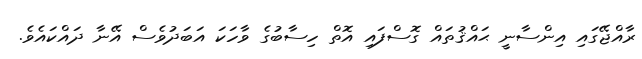
ރާއްޖޭގައި އިންސާނީ ޙައްޤުތައް ގޮސްފައި އޮތް ހިސާބުގެ ވާހަކަ އަބަދުވެސް އޭނާ ދައްކައެވެ.